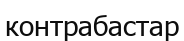
контрабастар